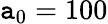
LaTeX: \mathtt{a}_{0}=100